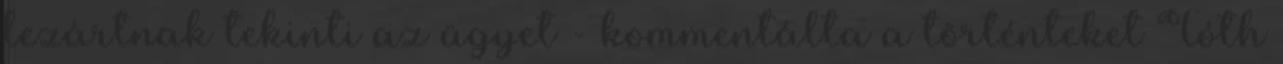
lezártnak tekinti az ügyet - kommentálta a történteket Tóth